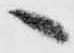
へ